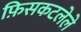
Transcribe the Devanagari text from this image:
फ़िसकटलेले